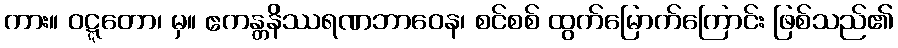
ကား။ ဝဋ္ဋတော၊ မှ။ ဧကန္တနိဿရဏဘာဝေန၊ စင်စစ် ထွက်မြောက်ကြောင်း ဖြစ်သည်၏